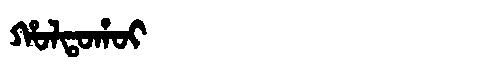
Manchu: ᡥᠣᠯᡨᠣᡥᠣᡳ
Romanization: HOLTOHOI